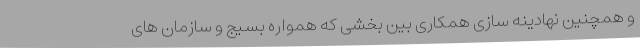
و همچنین نهادینه سازی همکاری بین بخشی که همواره بسیج و سازمان های